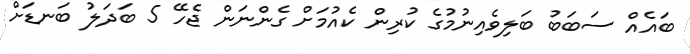
ބައެއް ސަބަބު ބަލިވެއިނުމުގެ ކުރިން ކެއުމަށް ގެންނަން ޖެހޭ 5 ބަދަލު ބަނޑަށް